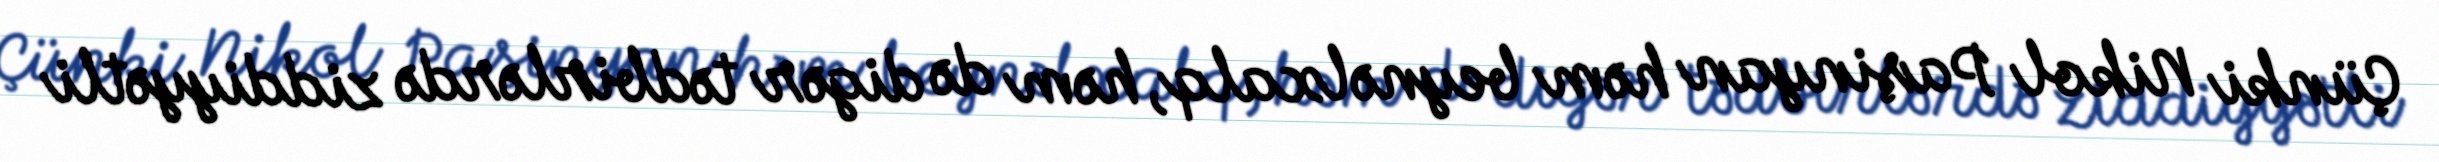
Çünki Nikol Paşinyan həm beynəlxalq, həm də digər tədbirlərdə ziddiyyətli